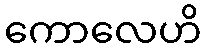
ကောလေဟိ